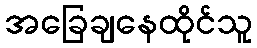
အခြေချနေထိုင်သူ